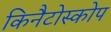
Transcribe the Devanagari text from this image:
किनैटोस्कोप